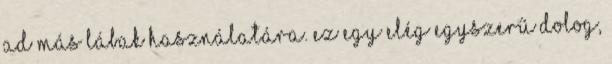
ad más lábak használatára. Ez egy elég egyszerű dolog,